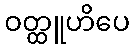
ဝတ္ထူဟိပေ